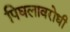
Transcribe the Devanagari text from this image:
पिघलावरोधी